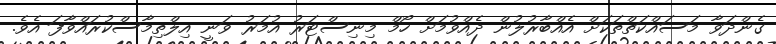
ގެންދަވާ މަސައްކަތްތަކަށް އެއްބާރުލުން ދެއްވުމަށް ހޯމް މިނިސްޓަރު އުމަރު ވަނީ އިލްތިމާސްކުރައްވާފަ އެވެ.